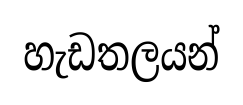
හැඩතලයන්